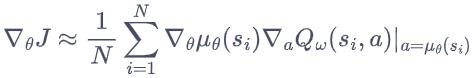
$\nabla_{\theta} J \approx \frac{1}{N} \sum_{i=1}^{N} \nabla_{\theta} \mu_{\theta}\left(s_{i}\right) \nabla_{a} Q_{\omega}\left(s_{i}, a\right)\left.\right|_{a=\mu_{\theta}\left(s_{i}\right)}$